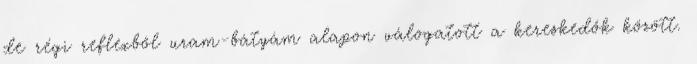
de régi reflexből uram-bátyám alapon válogatott a kereskedők között.